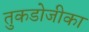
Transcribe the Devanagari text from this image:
तुकडोजीका